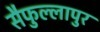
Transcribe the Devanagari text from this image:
सैफुल्लापुर